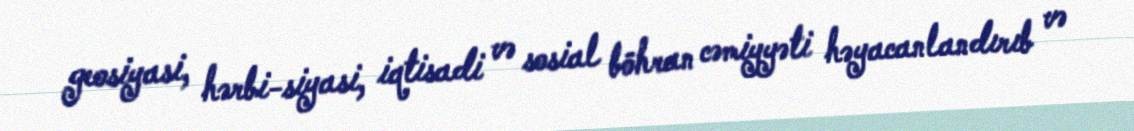
geosiyasi, hərbi-siyasi, iqtisadi və sosial böhran cəmiyyəti həyacanlandırıb və